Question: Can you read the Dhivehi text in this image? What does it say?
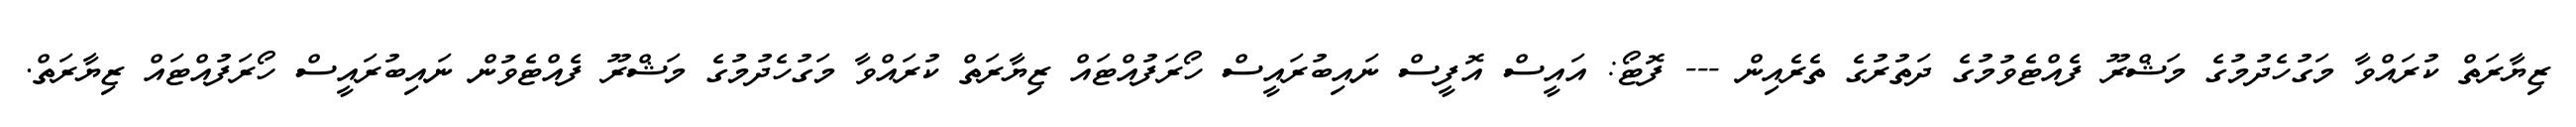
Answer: ޒިޔާރަތް ކުރައްވާ މަގުހެދުމުގެ މަޝްރޫ ފެއްޓެވުމުގެ ދަތުރުގެ ތެރެއިން --- ފޮޓޯ: އައީސް އޮފީސް ނައިބުރައީސް ހޯރަފުއްޓައް ޒިޔާރަތް ކުރައްވާ މަގުހެދުމުގެ މަޝްރޫ ފެއްޓެވުން ނައިބުރައީސް ހޯރަފުއްޓައް ޒިޔާރަތް.